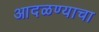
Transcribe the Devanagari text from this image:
आदळण्याचा